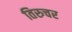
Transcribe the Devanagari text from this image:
तिरुचर